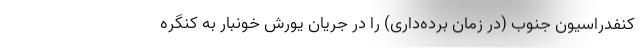
کنفدراسیون جنوب (در زمان برده‌داری) را در جریان یورش خونبار به کنگره